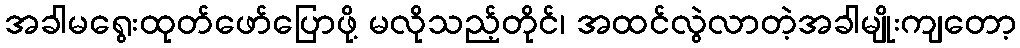
အခါမရွေးထုတ်ဖော်ပြောဖို့ မလိုသည့်တိုင်၊ အထင်လွဲလာတဲ့အခါမျိုးကျတော့